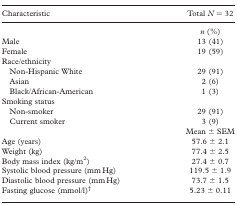
| Characteristic | Total N = 32 |
 | --- | --- |
 |  | n (%) |
 | Male | 13 (41) |
 | Female | 19 (59) |
 | Race/ethnicity |  |
 | Non-HispanicWhite | 29 (91) |
 | Asian | 2(6) |
 | Black/African-American | 1(3) |
 | Smoking status |  |
 | Non-smoker | 29 (91) |
 | Current smoker | 3(9) |
 |  | Mean ± SEM |
 | Age (years) | 57.6 ± 2.1 |
 | Weight (kg) | 77.4 ± 2.5 |
 | Body mass index (kg/m2) | 27.4 ± 0.7 |
 | Systolic blood pressure (mm Hg) | 119.5 ± 1.9 |
 | Diastolic blood pressure (mm Hg) | 73.7 ± 1.5 |
 | Fasting glucose (mmol/l)† | 5.23 ± 0.11 |